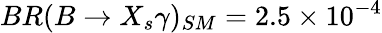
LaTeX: BR(B\to X_{s}\gamma)_{SM}=2.5\times 10^{-4}